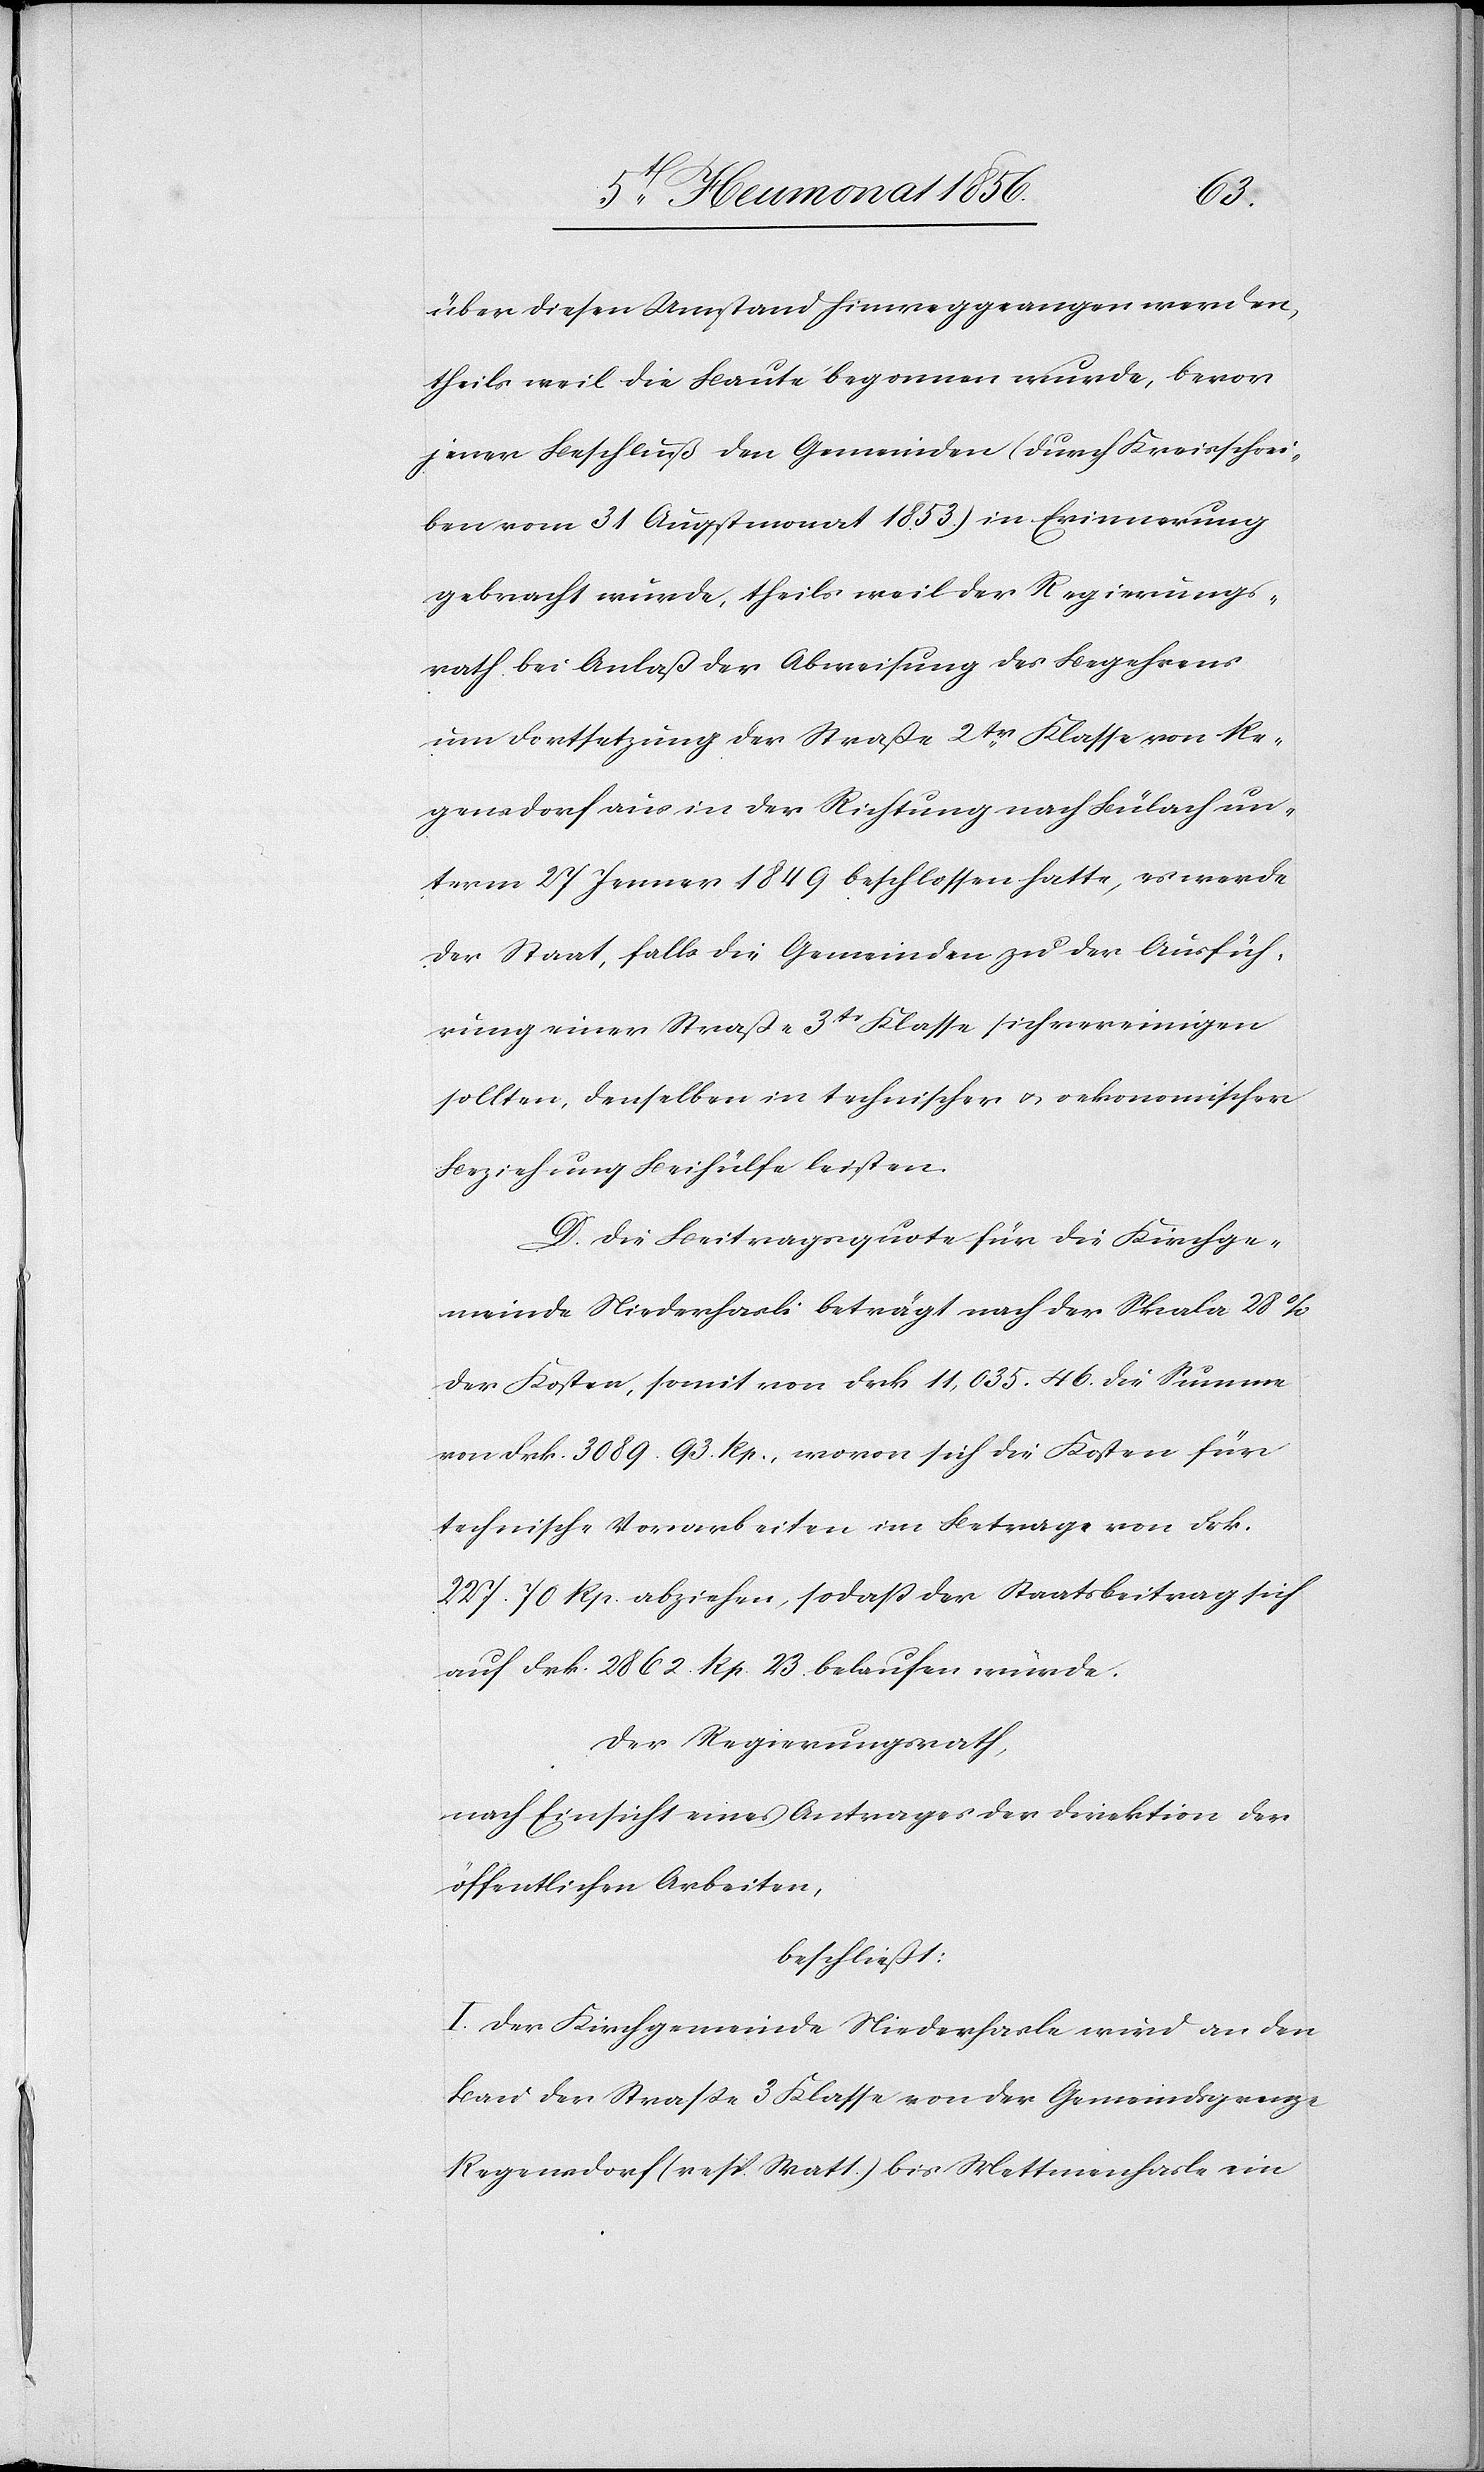
über diesen Umstand hinwegge[g]angen werden,
theils weil die Baute begonnen wurde, bevor
jener Beschluß den Gemeinden (durch Kreisschrei¬
ben vom 31 Augstmonat 1853) in Erinnerung
gebracht wurde, theils weil der Regierungs¬
rath bei Anlaß der Abweichung des Begehrens
um Fortsetzung der Straße 2tr Klasse von Re¬
gensdorf aus in der Richtung nach Bülach un¬
term 27 Jenner 1849 beschlossen hatte, es werde
der Staat, falls die Gemeinden zu der Ausfüh¬
rung einer Straße 3tr Klasse sich vereinigen
sollten, denselben in technischer u. oekonomischer
Beziehung Beihülfe leisten.
D. Die Beitragsquote für die Kirchge¬
meinde Niederhasli beträgt nach der Skala 28%
der Kosten, somit von Frk. 11,035. 46. die Summe
von Frk. 3089. 93. Rp., wovon sich die Kosten für
technische Vorarbeiten im Betrage von Frk.
227. 70 Rp. abziehen, sodass der Staatsbeitrag sich
auf Frk. 2862. Rp. 23. belaufen würde.
Der Regierungsrath,
nach Einsicht eines Antrages der Direktion der
öffentlichen Arbeiten,
beschließt:
I. Der Kirchgemeinde Niederhasle wird an den
Bau der Strasse 3 Klasse von der Gemeindsgrenze
Regensdorf (resp. Matt.) bis Mettmenhasle ein